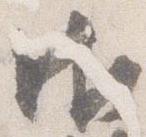
御